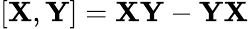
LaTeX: [\mathbf{X},\mathbf{Y}]=\mathbf{X}\mathbf{Y}-\mathbf{Y}\mathbf{X}